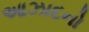
આઝાદનો